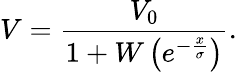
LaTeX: V={\frac{V_{0}}{1+W\left(e^{-{\frac{x}{\sigma}}}\right)}}.